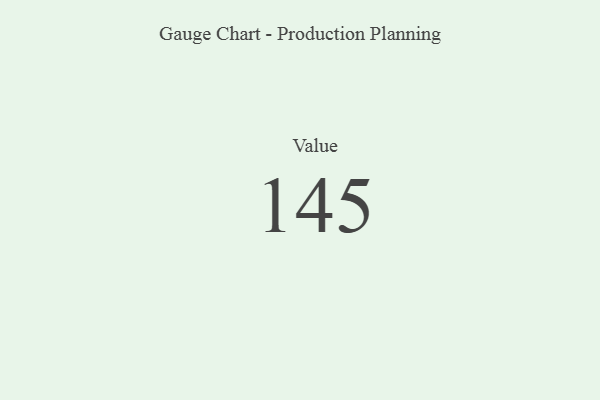
{"axis": {"x": "Metric", "y": "Value"}, "legend": [""], "data": [{"x": "Value", "y": 145, "type": ""}]}